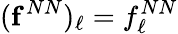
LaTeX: ({\mathbf f}^{NN})_{\ell}=f_{\ell}^{NN}